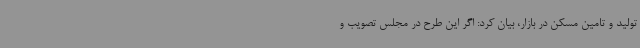
تولید و تامین مسکن در بازار، بیان کرد: اگر این طرح در مجلس تصویب و